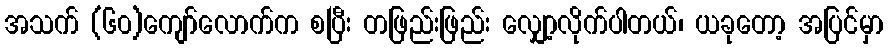
အသက် (၆၀)ကျော်လောက်က စပြီး တဖြည်းဖြည်း လျှော့လိုက်ပါတယ်၊ ယခုတော့ အပြင်မှာ